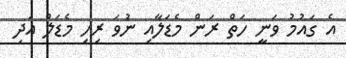
އެ ގައުމު ވަނީ ހަތް ރަން މެޑަލާއި ނުވަ ރިހި މެޑަލް އަދި